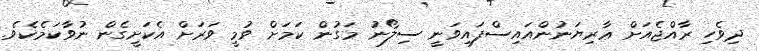
ދިވެހި ރާއްޖެއަށް ޢާރިޔަނުންއައިސްފައިވަނީ ސިލޯނު މަގުން ކަމަށް ވުމީ ވަރަށް އެކަށީގެން ނުވާކަމެކެވެ.